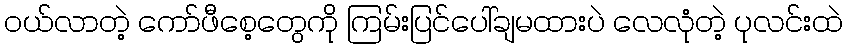
ဝယ်လာတဲ့ ကော်ဖီစေ့တွေကို ကြမ်းပြင်ပေါ်ချမထားပဲ လေလုံတဲ့ ပုလင်းထဲ